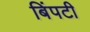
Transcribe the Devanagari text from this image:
बिंपटी